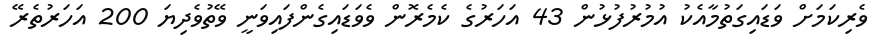
ވެރިކަމަށް ވަޑައިގަތުމާއެކު އުމުރުފުޅުން 43 އަހަރުގެ ކެމެރޮން ވެވަޑައިގެންފައިވަނީ ވޭތުވެދިޔަ 200 އަހަރުތެރޭ